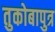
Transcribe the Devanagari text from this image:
तुकोबापुत्र